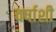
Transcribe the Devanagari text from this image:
वर्षाशी